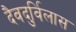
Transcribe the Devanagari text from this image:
दैवदुर्विलास